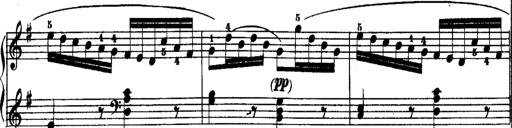
Title: Rondos and Sonatinas for Pianoforte
Composer: Daniel Steibelt